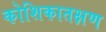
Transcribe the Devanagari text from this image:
कोशिकातक्षण